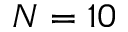
N = 1 0